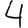
Digit: 4